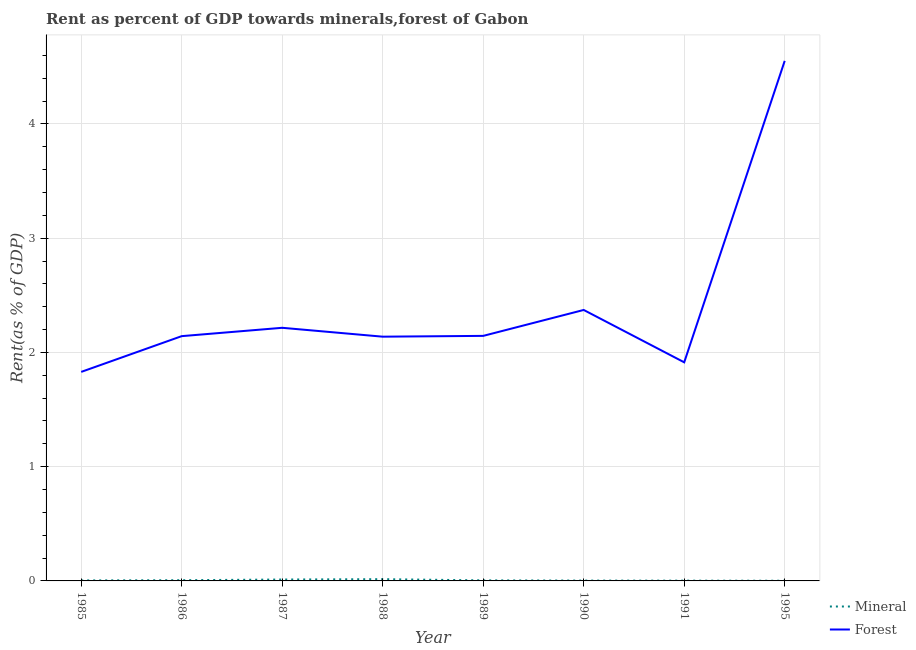
| Year | Mineral | Forest |
 | --- | --- | --- |
 | 1985 | 0.00436 | 1.83 |
 | 1986 | 0.00622 | 2.14 |
 | 1987 | 0.0122 | 2.22 |
 | 1988 | 0.0153 | 2.14 |
 | 1989 | 0.00486 | 2.14 |
 | 1990 | 0.00296 | 2.37 |
 | 1991 | 0.00239 | 1.91 |
 | 1995 | 0.00154 | 4.55 |